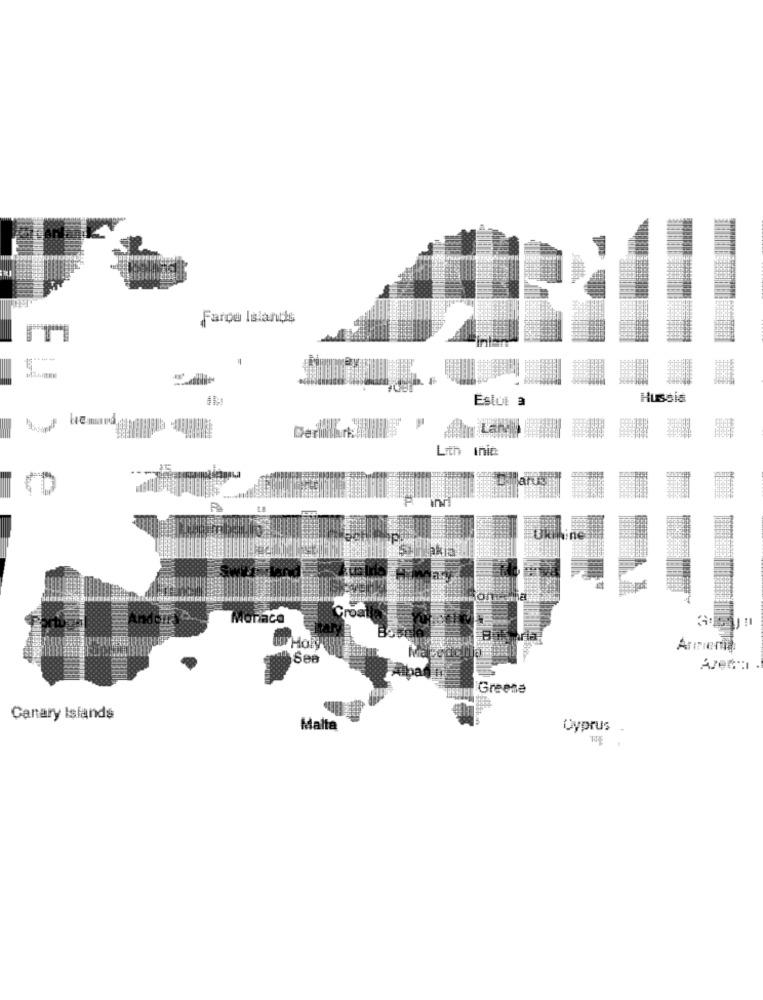
Faroe Islands
Estui a
Hussia
Derinitir
Lith init
Eu ) e
Okinvine
Monaca
Armenia
Avec: .
Greene
Canary Islands
Malta
Cyprus .